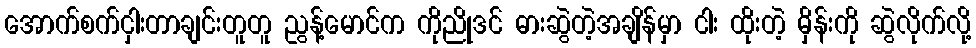
အောက်စက်ငှါးတာချင်းတူတူ ညွန့်မောင်က ကိုညိုဒင် ဓားဆွဲတဲ့အချိန်မှာ ငါး ထိုးတဲ့ မှိန်းကို ဆွဲလိုက်လို့